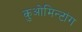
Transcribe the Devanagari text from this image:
कुओमिन्टांग